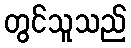
တွင်သူသည်